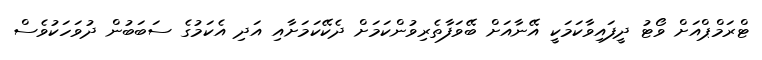
ޓްރަމްޕްއަށް ވޯޓު ދީފައިވާކަމަކީ އޭނާއަށް ބޭވަފާތެރިވުންކަމަށް ދެކޭކަމަށާއި އަދި އެކަމުގެ ސަބަބުން ދުވަހަކުވެސް